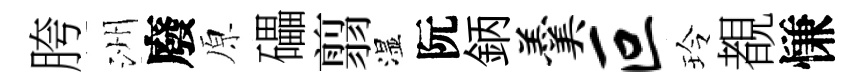
胯洲廢原礧翦湿阮鈵羹叵玲覩慊